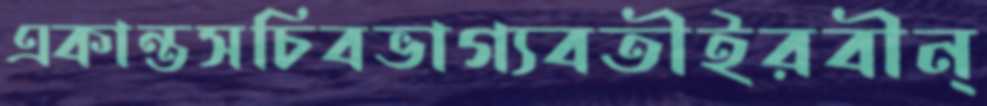
একান্তসচিবভাগ্যবতীইরবীন্